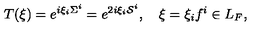
T ( \xi ) = e ^ { i \xi _ { i } \Sigma ^ { i } } = e ^ { 2 i \xi _ { i } { \cal S } ^ { i } } , \quad \xi = \xi _ { i } f ^ { i } \in L _ { F } ,